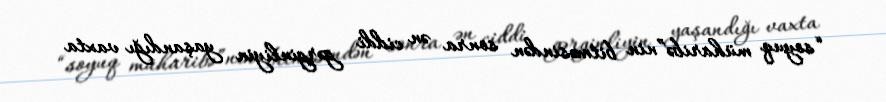
“soyuq müharibə”nin bitməsindən sonra ən ciddi gərginliyin yaşandığı vaxta